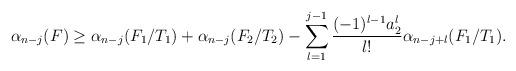
LaTeX: \begin{align*} \alpha_{n-j}(F) \geq \alpha_{n-j}(F_1/T_1) + \alpha_{n-j}(F_2/T_2) - \sum_{l=1}^{j-1} \frac{(-1)^{l-1}a_2^l}{l!}\alpha_{n-j+l}(F_1/T_1).\end{align*}